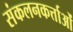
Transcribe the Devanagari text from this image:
संकलनकर्त्ताओं